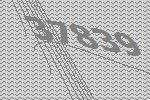
37839